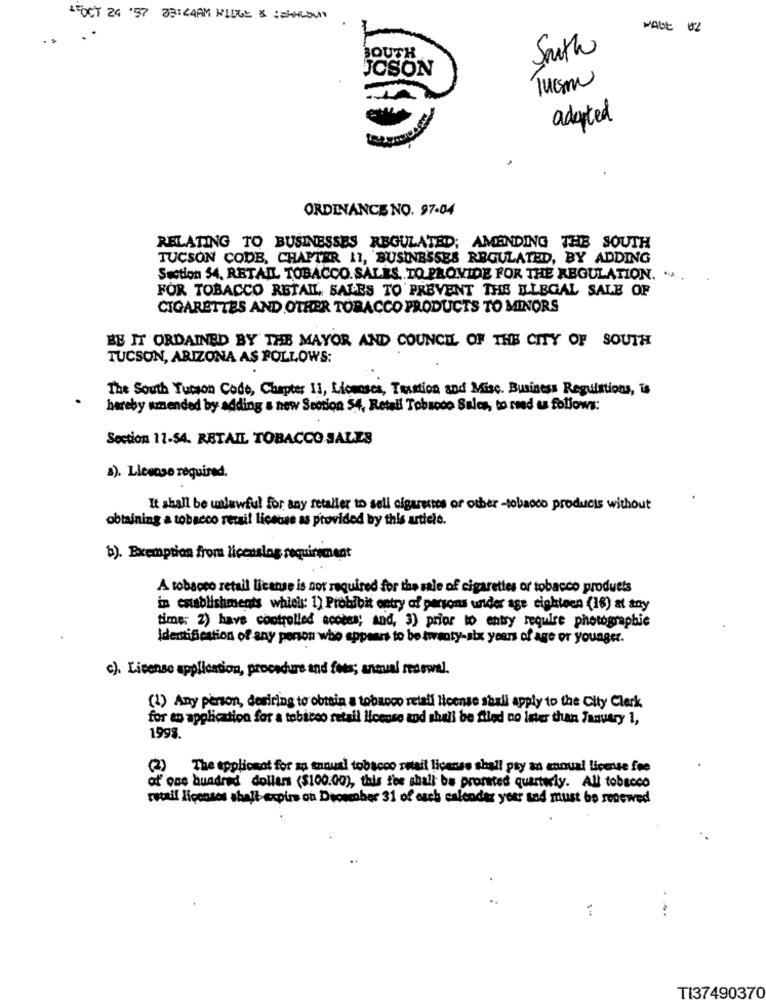
IFOCT 24 '57 23:44AM HILGE & :ZAHLOUT
. .
Smith
SOUTH
JCSON
adopted
ORDINANCE NO. 97-04
RELATING TO BUSINESSES REGULATED; AMENDING THE SOUTH
TUCSON CODE, CHAPTER 11, BUSINESSES REGULATED, BY ADDING
Section 54, RETAIL TOBACCO. SALES. TO PROVIDE FOR THE REGULATION. " .
FOR TOBACCO RETAIL SALES TO PREVENT THE ILLEGAL SALE OF
CIGARETTES AND OTHER TOBACCO PRODUCTS TO MINORS
BE IT ORDAINED BY THE MAYOR AND COUNCIL OF THE CITY OF SOUTH
TUCSON, ARIZONA AS FOLLOWS:
The South Tucson Code, Chapter 11, Licenses, Testtion and Misc. Business Regulations, is
hereby amended by adding & new Section S.4, Retail Tobroco Sales, to reed as follows:
Section 11-54. RETAIL TOBACCO SALES
a). Llevose required.
It shall be unlawful for any retaller to sell cigarettes or other -tobacco products without
obtaining a tobacco retail license as provided by this article.
b). Exemption from licenslog requirement
A tobacco retail license is not required for the sale of cigarettes or tobacco products
in establishments whiols: 1) Prohibit entry of persons under age cighteen (18) at any
time: 2) have controlled acotes; and, 3) prior to entry require photographic
Identification of any person who appears to be twenty-six years of age or younger.
c). License application, procedure and fees; antal renewal.
(1) Any person, desiring to obtain a tobacco retail license shall apply to the City Clerk
for an application for a tobicco retail license and shall be Aled no inter than January 1,
1998.
)The applicant for an annual tobacco retail license shall pty an annual license fee
of one hundred dollars ($100.00), this fee shall be prorated quarterly. All tobacco
retail licenses shalt-expire oh Dececaber 31 of each calendar your and must be renewed
TI37490370